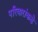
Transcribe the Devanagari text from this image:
परिवारांकडे